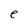
Character: e